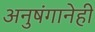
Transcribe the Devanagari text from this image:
अनुषंगानेही